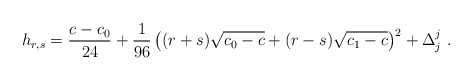
\begin{align*} h_{r,s}={{c-c_0}\over24}+{1\over96}\left((r+s) \sqrt{c_0-c}+(r-s)\sqrt{c_1-c}\right)^2+\Delta^j_j{}~.\end{align*}